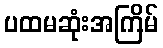
ပထမဆုံးအကြိမ်